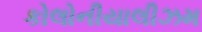
કોલોનીયાલીઝમ